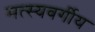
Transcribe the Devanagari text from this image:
मत्स्यवर्गीय